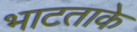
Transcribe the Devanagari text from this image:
भाटताके